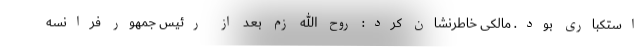
استکباری بود. مالکی خاطرنشان کرد: روح الله زم بعد از رئیس جمهور فرانسه